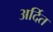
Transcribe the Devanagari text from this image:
अर्दित